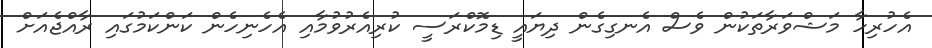
އެހުރިހާ މަޝްވަރާތަކުން ވެސް އެނގިގެން ދިޔައީ ޑިމޮކްރަސީ ކުރިއެރުވުމާއި އެހެނިހެން ކަންކަމުގައި ރާއްޖެއަށް